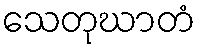
သေတုဃာတံ